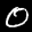
Label: 0